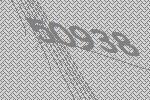
50938